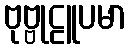
ဗုဗ္ဗုဠူပမာ